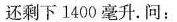
还剩下1400毫升。问：